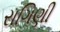
રાગિણી